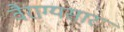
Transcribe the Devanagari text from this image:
वैराग्यसार